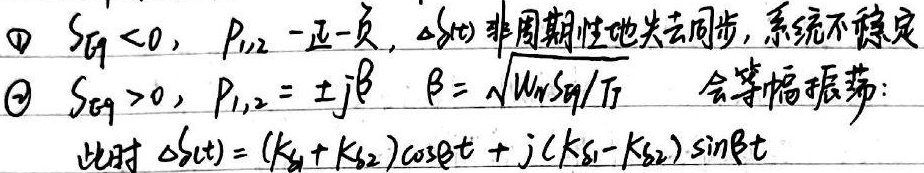
\textcircled{1} \(S_{Eq}<0\)，\(P_{1,2}\) 一正一负，\(\Delta\delta(t)\)非周期性地失去同步，系统不稳定。
\textcircled{2} \(S_{Eq}>0\)，\(P_{1,2}=\pm j\beta\) ，\(\beta = \sqrt{\omega_{N}S_{Eq}/J}\) ，会等幅振荡：此时 \(\Delta\delta(t)=(K_{\delta1}+K_{\delta2})\cos\beta t + j(K_{\delta1}-K_{\delta2})\sin\beta t\)